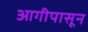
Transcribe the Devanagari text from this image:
आगीपासून